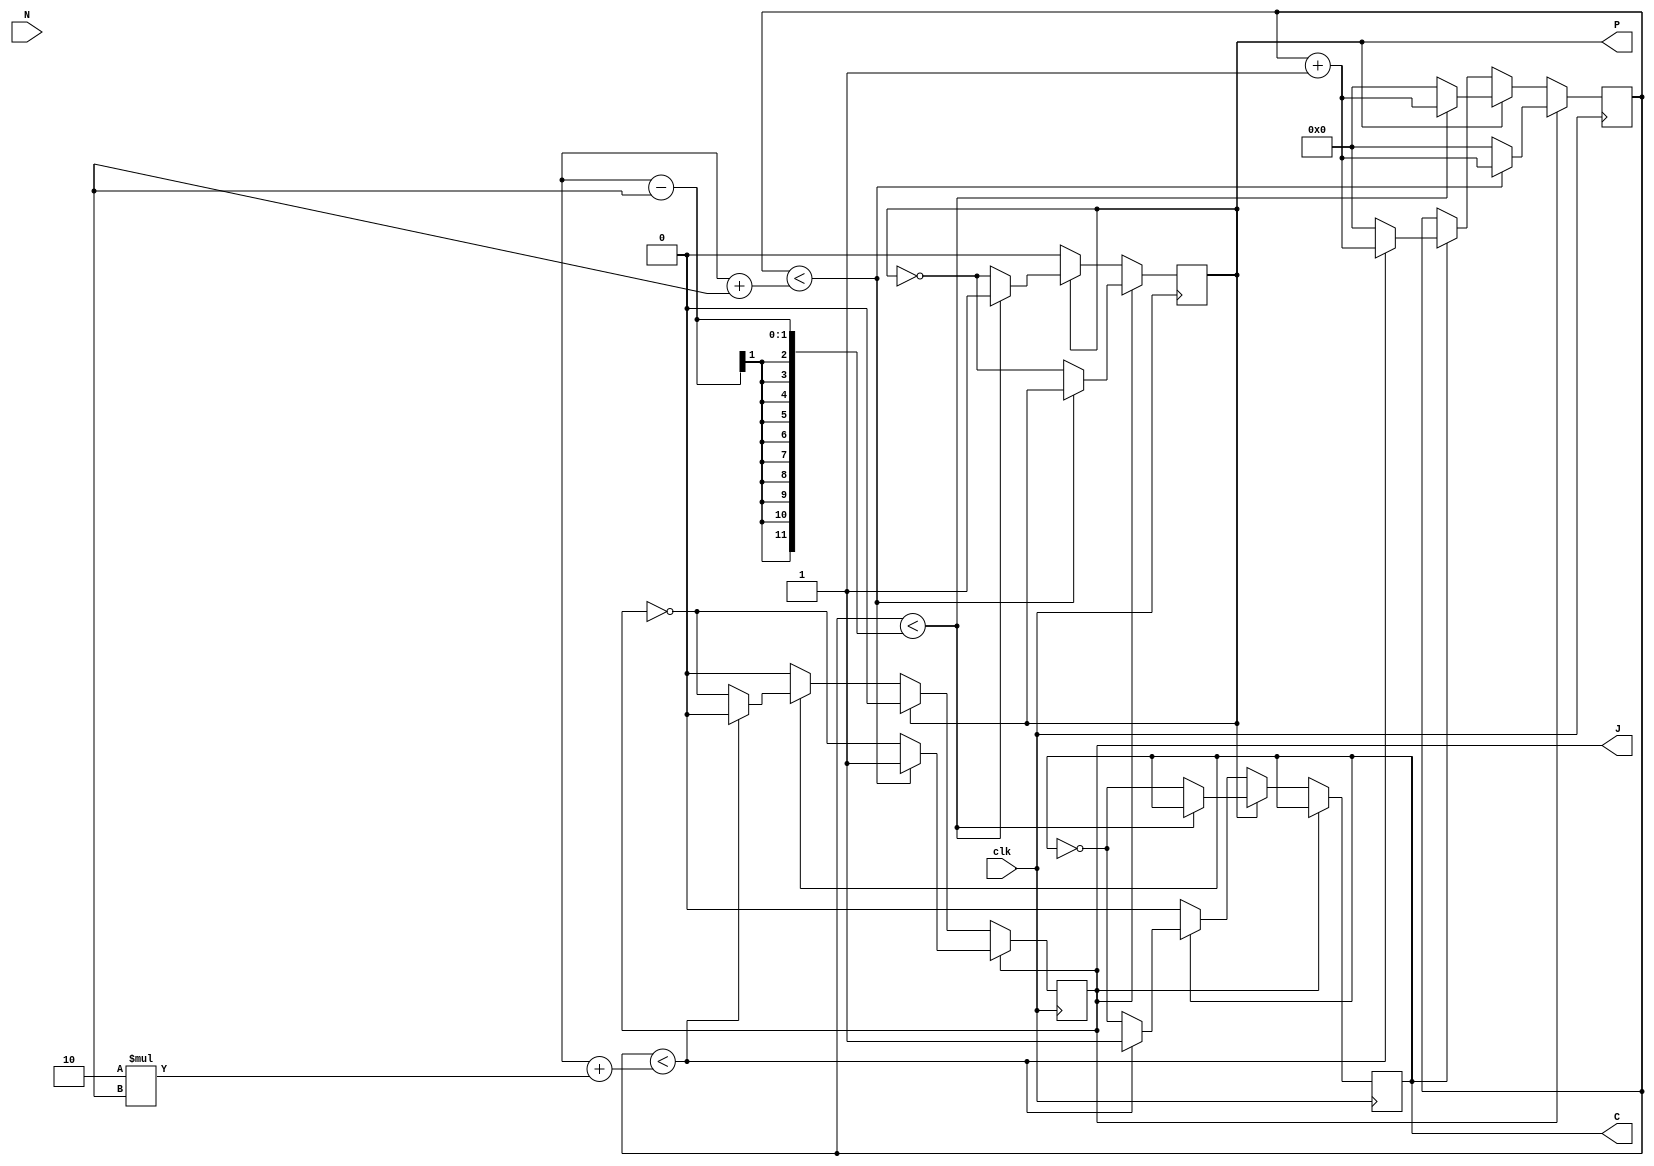
module main_ltc(
output J,
output P,
output C,
input clk,
input N);

reg Jr,Pr,Cr;
assign J=Jr;
assign P=Pr;
assign C=Cr;
//===============Variable declaration===================
//C,J,P Three traffic lights
//If the logic of the above three variables is high, the vehicle/pedestrian in that direction can pass, that is, it may be green or yellow.
//clk : Clock (cycle = 1 Sec)
//N : change current state
//    that is:
//    if J can pass, then let P pass
//    P->C;C->J;
//=====================================================

/*DEL!!!prev_code
reg aC_out;
reg aO;
reg [16:0] idx;
reg ws;
reg [15:0] bp;
reg [15:0] aSUM;
assign e=A[15];//it's something like a wire
assign r=B[15];
assign O=aO;
assign C_out=aC_out;
assign SUM=aSUM;
*/

//=========Annotated annotation============
//fi : means end of if
//=========================================

//~
reg [11:0] counter;
always@(posedge clk)
begin//always
if (Jr)
begin//J

//debug into case
if(DEBUG_CLK) $display("debug.info=always@pos[clk]!J_is_high");
//end of debug

if(counter<(L+S))//Here can be changed %%% if need change time relationship
begin//if
counter=counter+12'd1;
end//fi
else
begin//time up
counter=12'd0;
Jr=~Jr;
Pr=~Pr;
end//time up

end//J
else if (Pr)
begin//P

//debug into case
if(DEBUG_CLK) $display("debug.info=always@pos[clk]!P_is_high");
//end of debug

if(counter<(L-S))//Here can be changed %%% if need change time relationship
begin//if
counter=counter+12'd1;
end//fi
else
begin//time up
counter=12'd0;
Cr=~Cr;
Pr=~Pr;
end//time up

end//P
else if (Cr)
begin//C

//debug into case
if(DEBUG_CLK) $display("debug.info=always@pos[clk]!C_is_high");
//end of debug

if(counter<(L+2*S))//Here can be changed %%% if need change time relationship
begin//if
counter=counter+12'd1;
end//fi
else
begin//time up
counter=12'd0;
Jr=~Jr;
Cr=~Cr;
end//time up

end//C
else
begin//default

//debug into case
if(DEBUG_CLK) $display("ERROR.info=always@pos[clk]!got into default");
//end of debug

end//fi
end//always
//~

/*DEL!!!prev_code
always@(A or B or Add_ctrl)
begin
	aSUM=(Add_ctrl==0)?(A+B):(A-B);
	bp=(((Add_ctrl==1)?~B:B)+Add_ctrl);
	aC_out=1'b0;
	for(idx=0;idx<16;idx=idx+1)begin//I don't think that this is a porper way lol
		{aC_out,ws}={1'b0,bp[idx]}+{1'b0,A[idx]}+{1'b0,aC_out};
	end
end

reg pn;
always@(A or B or Add_ctrl)
#1 begin
	pn=(Add_ctrl==1)?(((e==0)&&(r==1))||((e==1)&&(r==0)))?1:0:(((e==0)&&(r==0))||((e==1)&&(r==1)))?1:0;
	aO=(pn==1)?(C_out==SUM[15])?0:1:0;
end
*/

endmodule